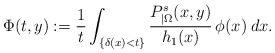
\begin{align*}\Phi(t,y):=\frac1t\int_{\{\delta(x)<t\}}\frac{P_{|\Omega}^s(x,y)}{h_1(x)}\,\phi(x)\:dx.\end{align*}